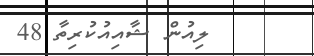
ލިއުން ޝާއިއުކުރިތާ 48